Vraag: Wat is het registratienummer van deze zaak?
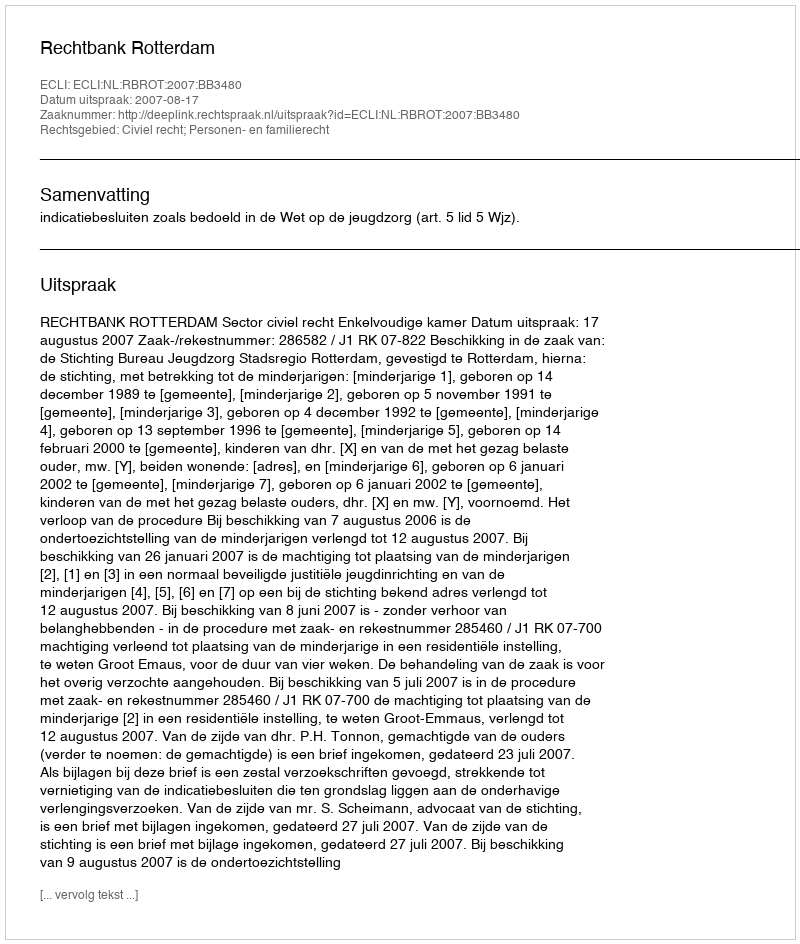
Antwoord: http://deeplink.rechtspraak.nl/uitspraak?id=ECLI:NL:RBROT:2007:BB3480